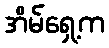
အိမ်ရှေ့က